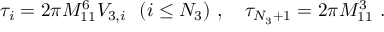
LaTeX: \tau _ { i } = { 2 \pi M _ { 1 1 } ^ { 6 } V _ { 3 , i } } \ \ ( i \leq N _ { 3 } ) \ , \quad \tau _ { N _ { 3 } + 1 } = { 2 \pi M _ { 1 1 } ^ { 3 } } \ .